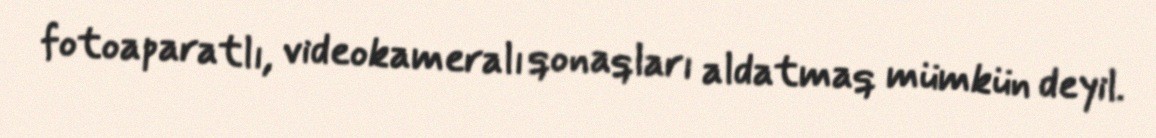
fotoaparatlı, videokameralı qonaqları aldatmaq mümkün deyil.